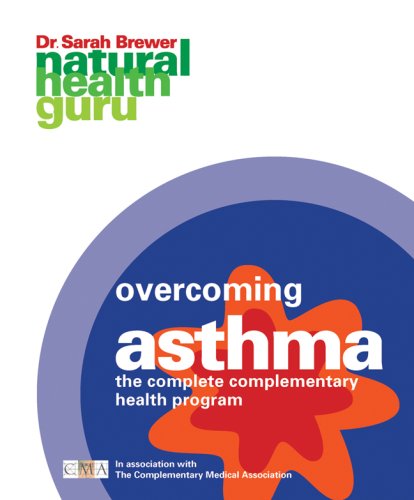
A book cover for Overcoming Asthma: The Complete Complementary Health Program (Natural Health Guru); Dr. Sarah Brewer; Health, Fitness & Dieting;